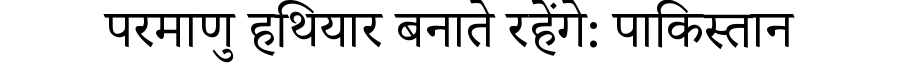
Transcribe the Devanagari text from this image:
परमाणु हथियार बनाते रहेंगे: पाकिस्तान